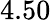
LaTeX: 4.50